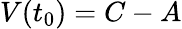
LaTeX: V(t_{0})=C-A